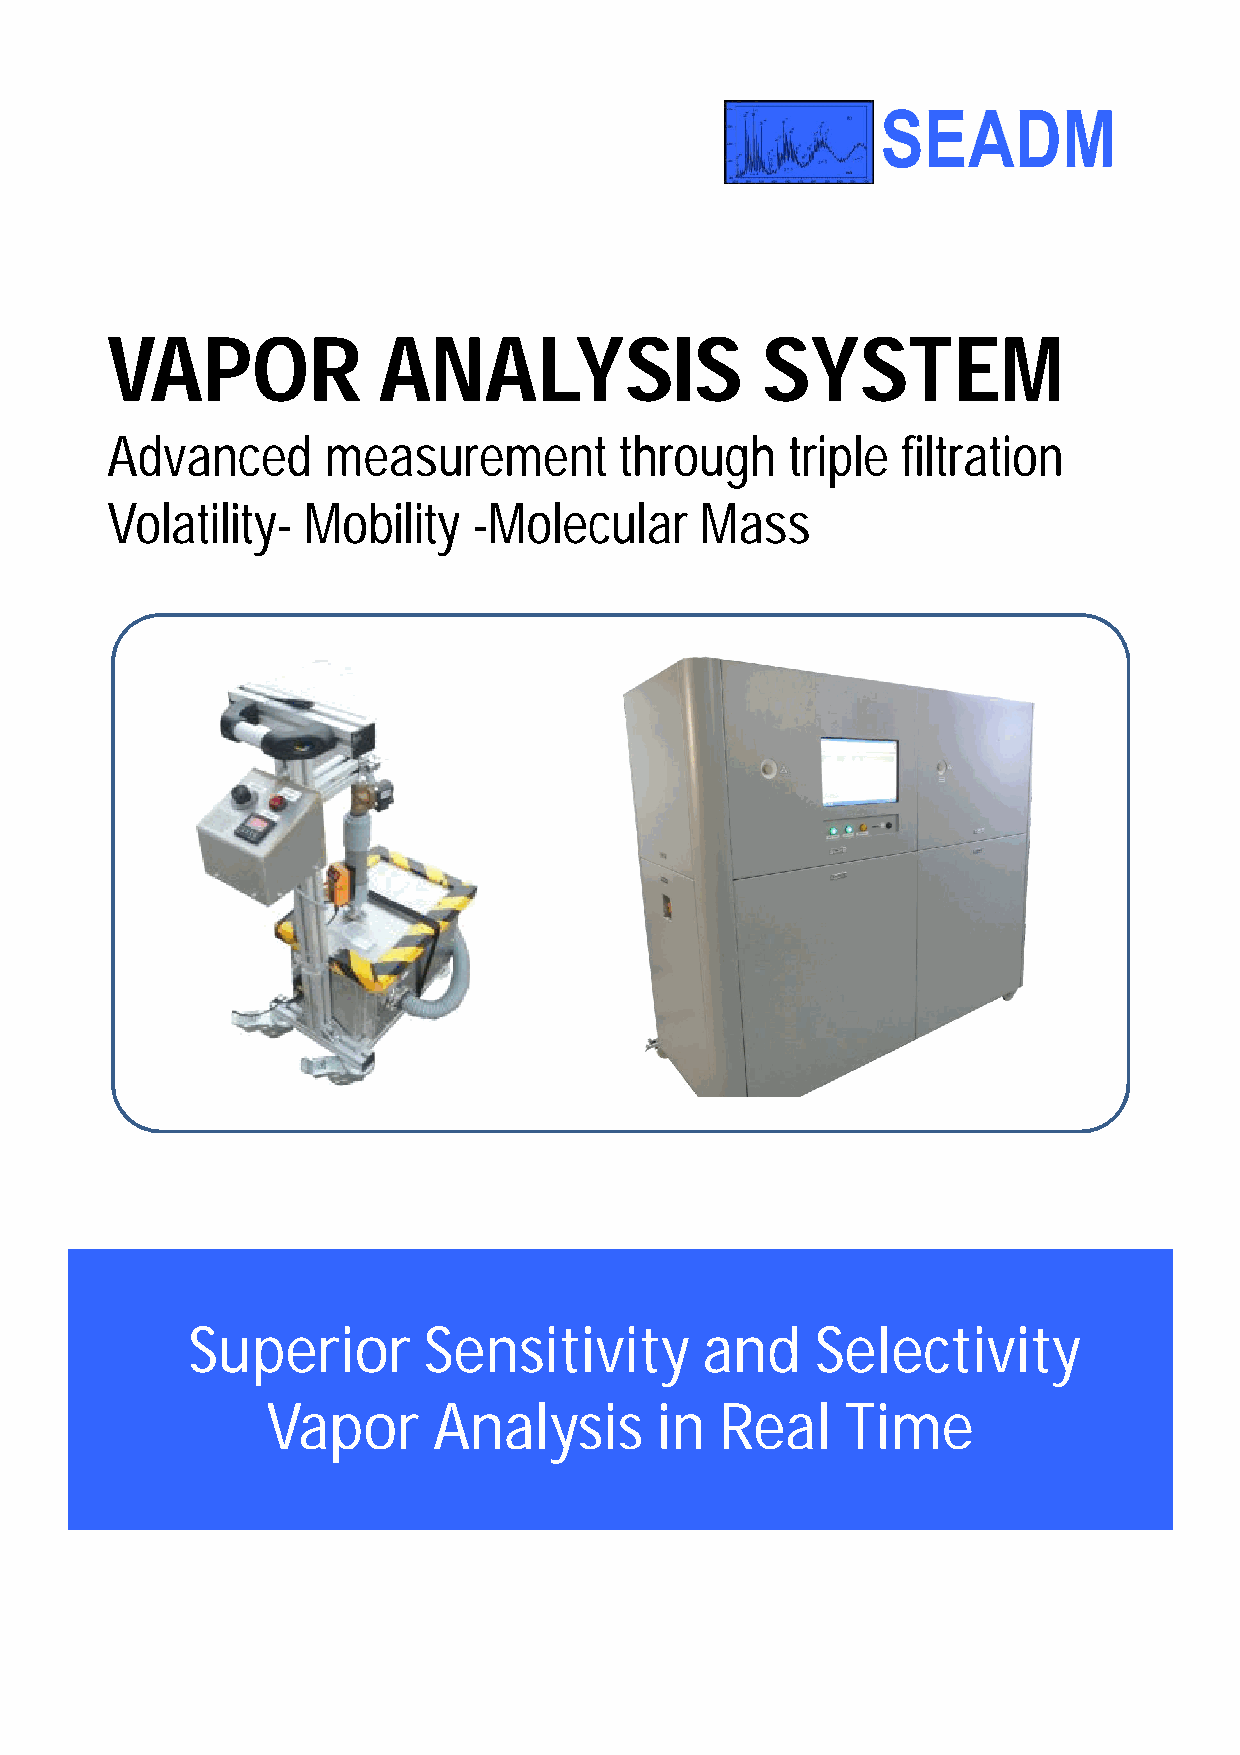
VAPOR             ANALYSIS                 SYSTEM
 Advanced       measurement        through    triple  filtration
 Volatility-  Mobility   -Molecular     Mass
 Superior        Sensitivity        and    Selectivity
 Vapor      Analysis      in   Real    Time